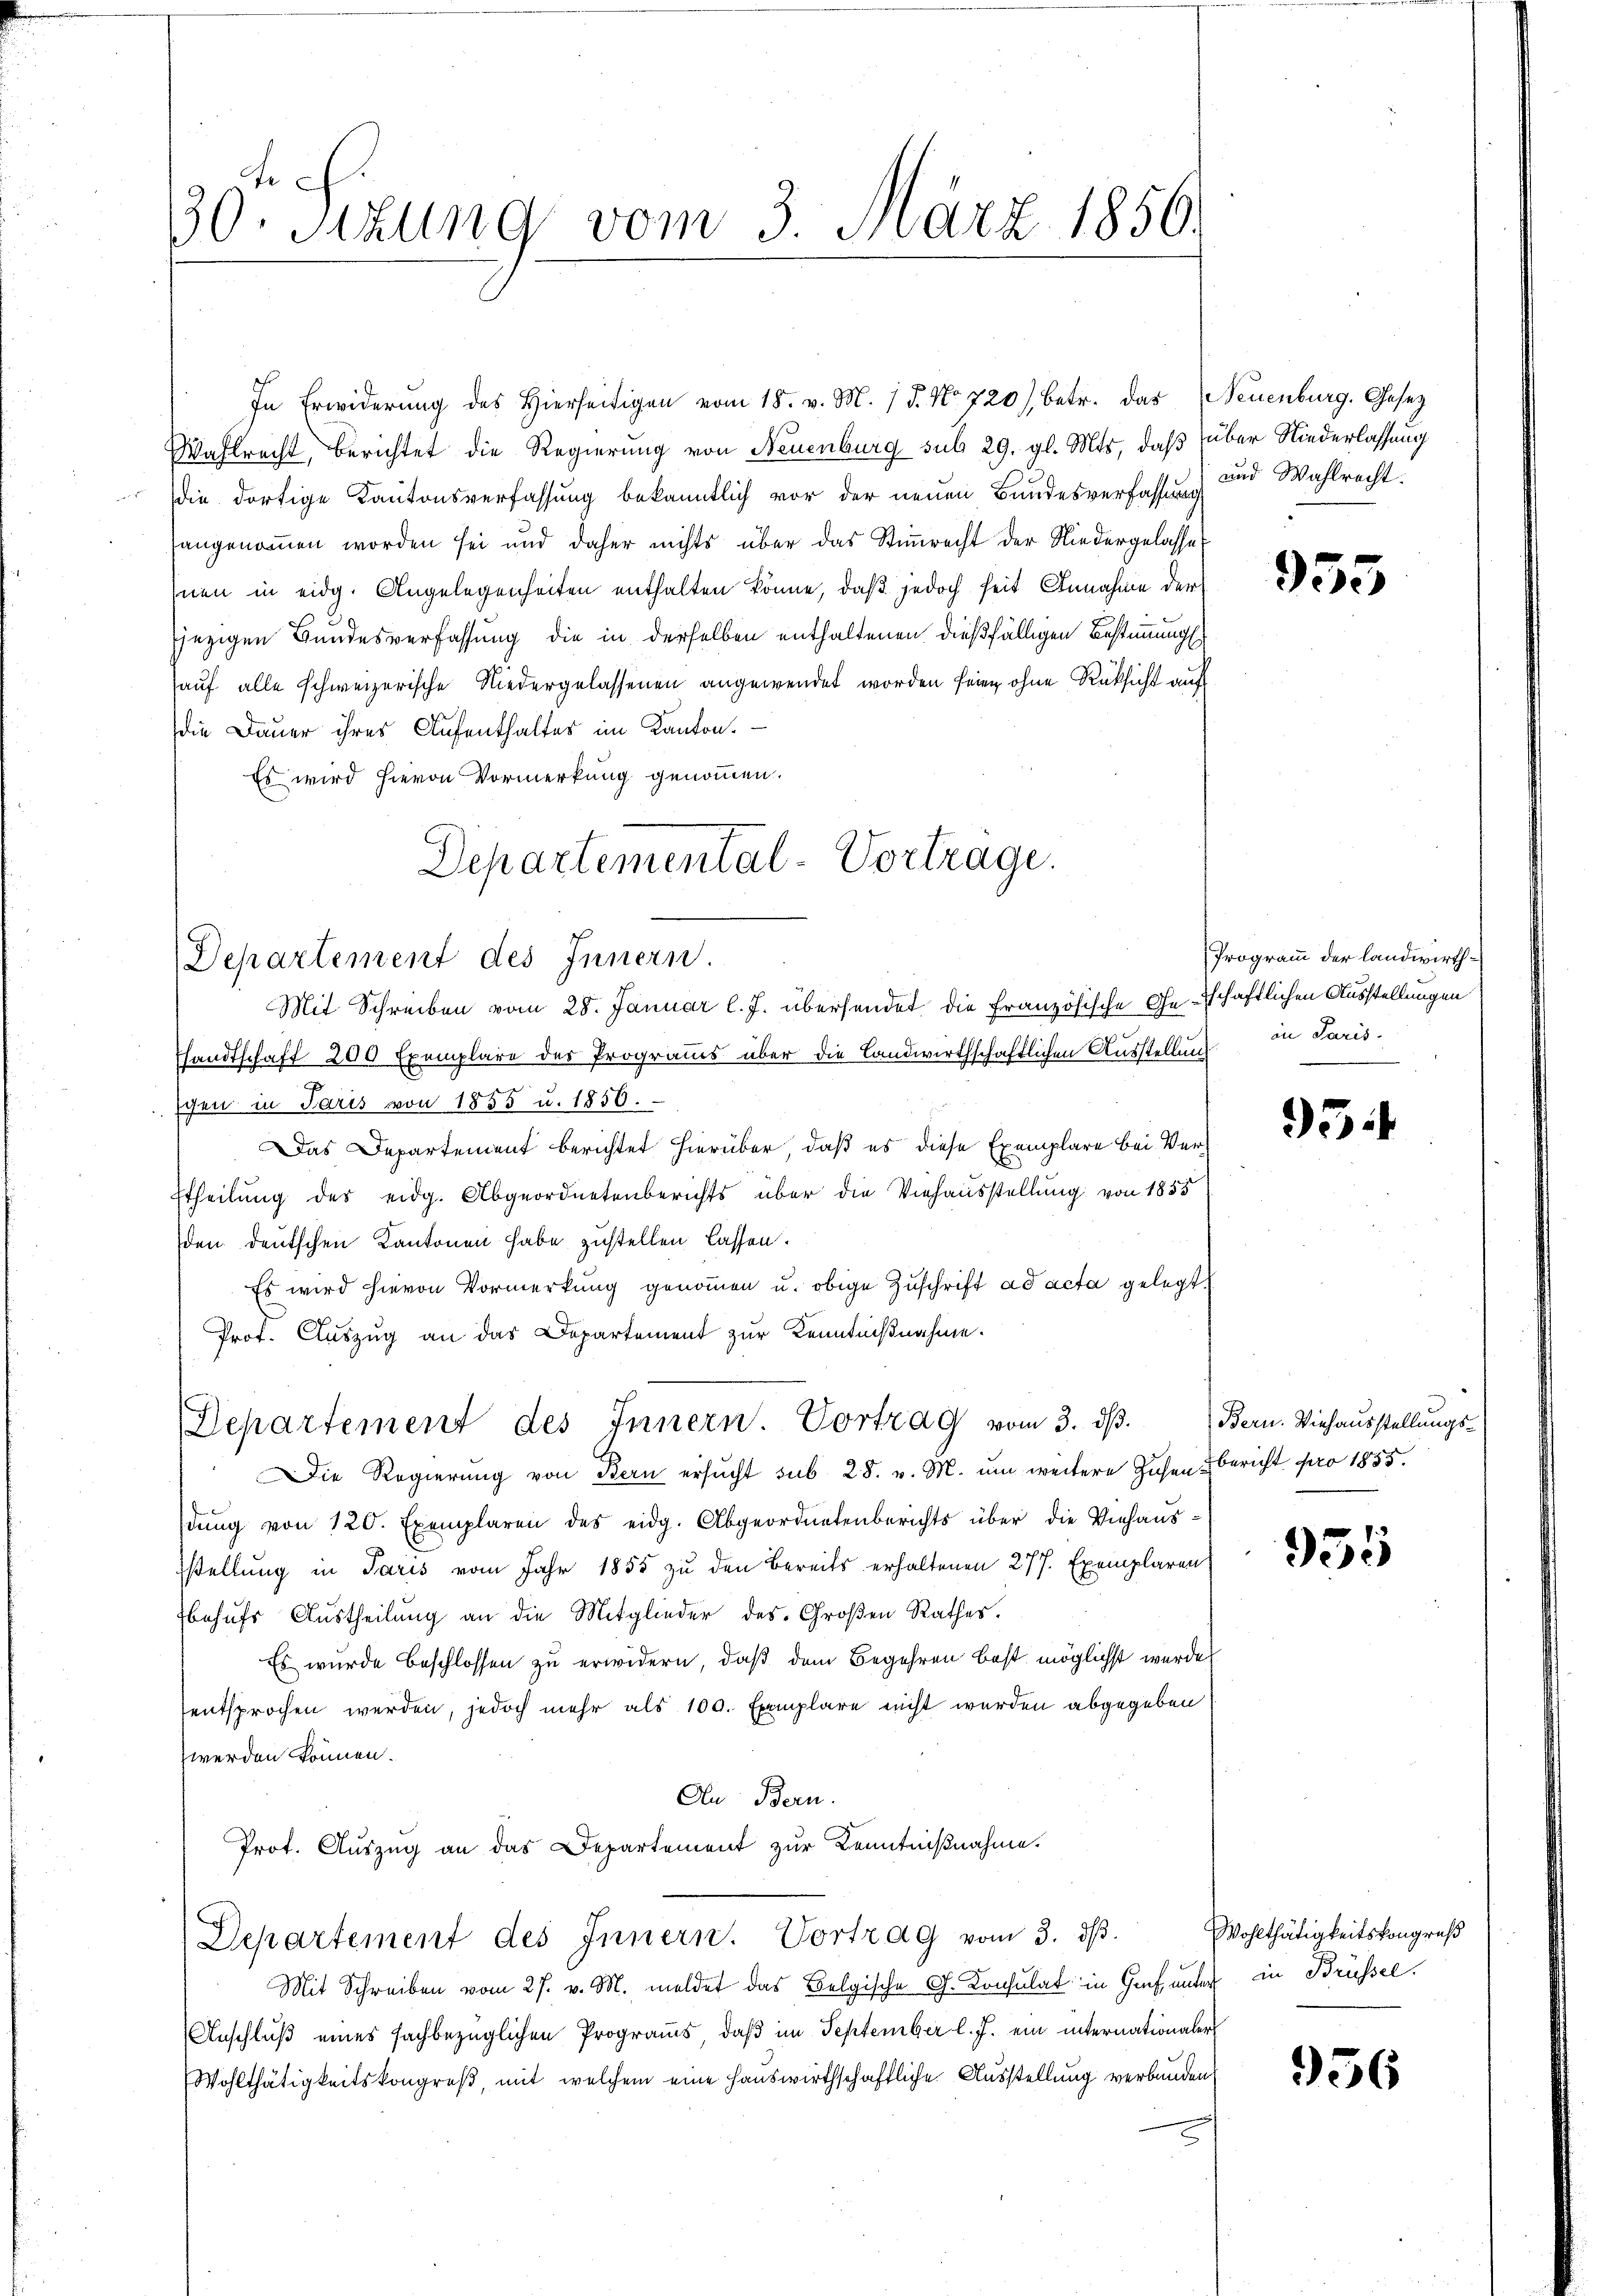
30. Sizung vom 3. März 1856.

Wahlrecht, berichtet die Regierung von Neuenburg sub 29. gl. Mts., daß über Niederlassung
die dortige Kantonsverfassung bekanntlich vor der neuen Bundesverfassung und Wahlrecht.
hangenommen worden sei und daher nichts über das Stimmrecht der Niedergelasse,
hnen in eidg. Angelegenheiten enthalten könne, daß jedoch seit Annahme der
jezigen Bundesverfassung die in derselben enthaltenen dießfälligen Bestimmungs
hauf alle schweizerische Niedergelassenen angewendet worden seien ohne Rüksicht auf
die Dauer ihres Aufenthaltes im Kanton.
Es wird hievon Vormerkung genommen.
Departemental-Vortrage.

Departement des Innern.
Mit Schreiben vom 28. Januar l. J. übersendet die Französische Geschaftlichen Ausstellungen

In Erwiderung des Hierseitigen vom 18. v. M. 15. No 720) betr. das Neuenburg. Gesez

Ehandtschaft 200 Exemplare des Programms über die Landwirthschaftlichen Ausstellung
schen in Paris von 1855 u. 1850.
Das Departement berichtet hierüber, daß es diese Exemplare bei Ver¬
Etheilung des eidg. Abgeordnetenberichts über die Viehausstellung von 1855
den deutschen Kantonen habe zustellen lassen.
Es wird hievon Vormerkung genommen u. obige Zuschrift ad acta gelegt
Prof. Auszug an das Departement zur Kenntnißnahme.

Departement des Innern. Vortrag vom 3. dβ. Bern. Viehausstellŭngs-

Die Regierung von Bern ersŭcht sub 28. v. M. um weitere Zusen bericht pro 1855.
dŭng von 120. Exemplaren des eidg. Abgeordnetenberichts über die Viehausstellung in Paris vom Jahr 1855 zu den Bereits erhaltenen 277. Exemplaren
behufs Austheilung an die Mitglieder des Großen Rathes.
Es wurde beschlossen zu erwidern, daß dem Begehren best möglichst wurde
entsprochen werden, jedoch mehr als 100. Exemplare nicht werden abgegeben
zwerden können.
An Bern.
Prot. Auszug an das Departement zur Kenntnißnahme.
Departement des Innern. Vortrag vom 3. ds.
Mit Schreiben vom 27. v. M. meldet das Belgische G. Konsulat in Graf, unter in Brüssel
Anschluß eines fachbezüglichen Programms, daβ im September l. J. ein internationaler
Wohlthätigkeitskongreß, mit welchem eine Hauswirthschaftliche Ausstellung verbunden,

955

Programm der landwirthin Paris.

934

955

Wohlthätigkeitskongreß

956